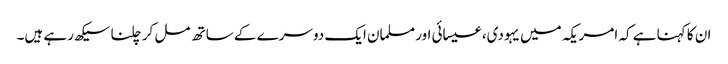
ان کا کہنا ہے کہ امریکہ میں یہودی، عیسائی اور مسلمان ایک دوسرے کے ساتھ مل کر چلنا سیکھ رہے ہیں۔